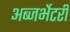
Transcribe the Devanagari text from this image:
अब्जर्भेटरी